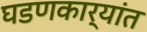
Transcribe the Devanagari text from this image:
घडणकार्यांत